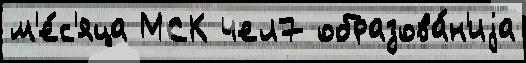
м'е́с'яца МСК чел7 образова́н'иjа